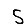
Digit: 5